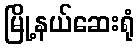
မြို့နယ်ဆေးရုံ